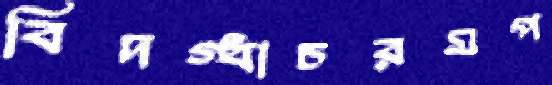
বিদগ্ধাচরমপ